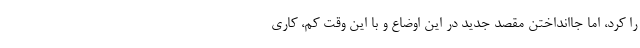
را کرد، اما جاانداختن مقصد جدید در این اوضاع و با این وقت کم، کاری